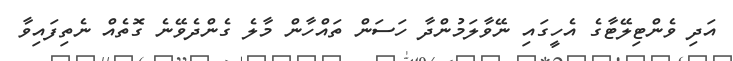
އަދި ވެންޓިލޭޓާގެ އެހީގައި ނޭވާލަމުންދާ ހަސަން ތައްހާން މާލެ ގެންދެވޭނެ ގޮތެއް ނެތިފައިވާ